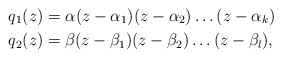
\begin{align*} q_1(z) & =\alpha (z-\alpha_1)(z-\alpha_2)\dotsc (z-\alpha_k) \\q_2(z) & =\beta(z-\beta_1)(z-\beta_2)\dotsc (z-\beta_l),\end{align*}